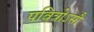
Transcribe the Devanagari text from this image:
पवित्रोऽसौ